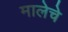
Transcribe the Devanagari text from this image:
मालेचे